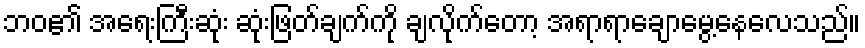
ဘဝ၏ အရေးကြီးဆုံး ဆုံးဖြတ်ချက်ကို ချလိုက်တော့ အရာရာချောမွေ့နေလေသည်။